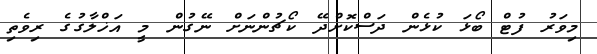
މިވަރު ފުޓް ބޯޅަ ކުޅެން ދަސްކޮށްދޭ ކޯޗުންނަށް ނޭގުން މީ އަޚްލާގުގެ ރިވެތި